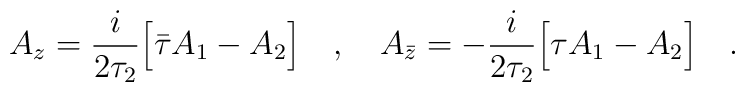
A_z=\frac{i}{2\tau_2}\Big[\bar{\tau}A_1-A_2\Big]\ \ \ ,\ \ \ A_{\bar{z}}=-\frac{i}{2\tau_2}\Big[\tau A_1-A_2\Big]\ \ \ .